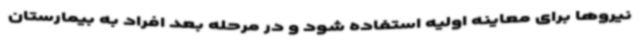
نیروها برای معاینه اولیه استفاده شود و در مرحله بعد افراد به بیمارستان